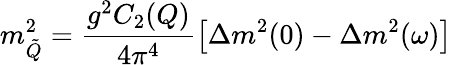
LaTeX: m_{\tilde{Q}}^{2}=\frac{g^{2}C_{2}(Q)}{4\pi^{4}}\left[\Delta m^{2}(0)-\Delta m^{2}(\omega)\right]